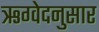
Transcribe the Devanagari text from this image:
ऋग्वेदनुसार